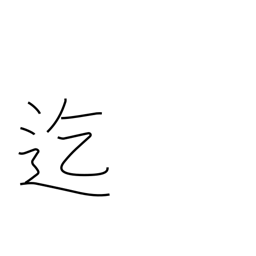
Meaning: until